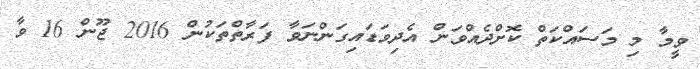
ވީމާ މި މަސައްކަތް ކޮށްދެއްވަން އެދިވަޑައިގަންނަވާ ފަރާތްތަކުން 2016 ޖޫން 16 ވާ